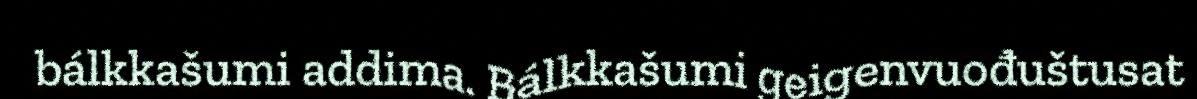
bálkkašumi addima. Bálkkašumi geigenvuođuštusat